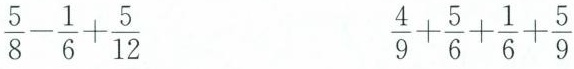
$$\frac { 5 } { 8 } - \frac { 1 } { 6 } + \frac { 5 } { 1 2 }$$ $$\frac { 4 } { 9 } + \frac { 5 } { 6 } + \frac { 1 } { 6} + \frac { 5 } { 9 }$$